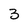
Character: 3